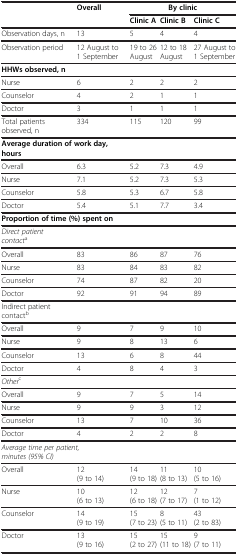
| <ROWSPAN=2>  | <ROWSPAN=2> Overall | <COLSPAN=3> By clinic |
 | Clinic A | Clinic B | Clinic C |
 | --- | --- | --- | --- | --- |
 | Observation days, n | 13 | 5 | 4 | 4 |
 | Observation period | 12 August to 1 September | 19 to 26 August | 12 to 18 August | 27 August to 1 September |
 | HHWs observed, n |  |  |  |  |
 | Nurse | 6 | 2 | 2 | 2 |
 | Counselor | 4 | 2 | 1 | 1 |
 | Doctor | 3 | 1 | 1 | 1 |
 | Total patients observed, n | 334 | 115 | 120 | 99 |
 | <COLSPAN=2> Average duration of work day, hours |  |  |  |
 | Overall | 6.3 | 5.2 | 7.3 | 4.9 |
 | Nurse | 7.1 | 5.2 | 7.3 | 5.3 |
 | Counselor | 5.8 | 5.3 | 6.7 | 5.8 |
 | Doctor | 5.4 | 5.1 | 7.7 | 3.4 |
 | <COLSPAN=2> Proportion of time (%) spent on |  |  |  |
 | Direct patient contacta |  |  |  |  |
 | Overall | 83 | 86 | 87 | 76 |
 | Nurse | 83 | 84 | 83 | 82 |
 | Counselor | 74 | 87 | 82 | 20 |
 | Doctor | 92 | 91 | 94 | 89 |
 | Indirect patient contactb |  |  |  |  |
 | Overall | 9 | 7 | 9 | 10 |
 | Nurse | 9 | 8 | 13 | 6 |
 | Counselor | 13 | 6 | 8 | 44 |
 | Doctor | 4 | 8 | 4 | 3 |
 | Otherc |  |  |  |  |
 | Overall | 9 | 7 | 5 | 14 |
 | Nurse | 9 | 9 | 3 | 12 |
 | Counselor | 13 | 7 | 10 | 36 |
 | Doctor | 4 | 2 | 2 | 8 |
 | <COLSPAN=2> Average time per patient, minutes (95% CI) |  |  |  |
 | Overall | 12 (9 to 14) | 14 (9 to 18) | 11 (8 to 13) | 10 (5 to 16) |
 | Nurse | 10 (6 to 13) | 12 (6 to 18) | 12 (7 to 17) | 7 (1 to 12) |
 | Counselor | 14 (9 to 19) | 15 (7 to 23) | 8 (5 to 11) | 43 (2 to 83) |
 | Doctor | 13 (9 to 16) | 15 (2 to 27) | 15 (11 to 18) | 9 (7 to 11) |